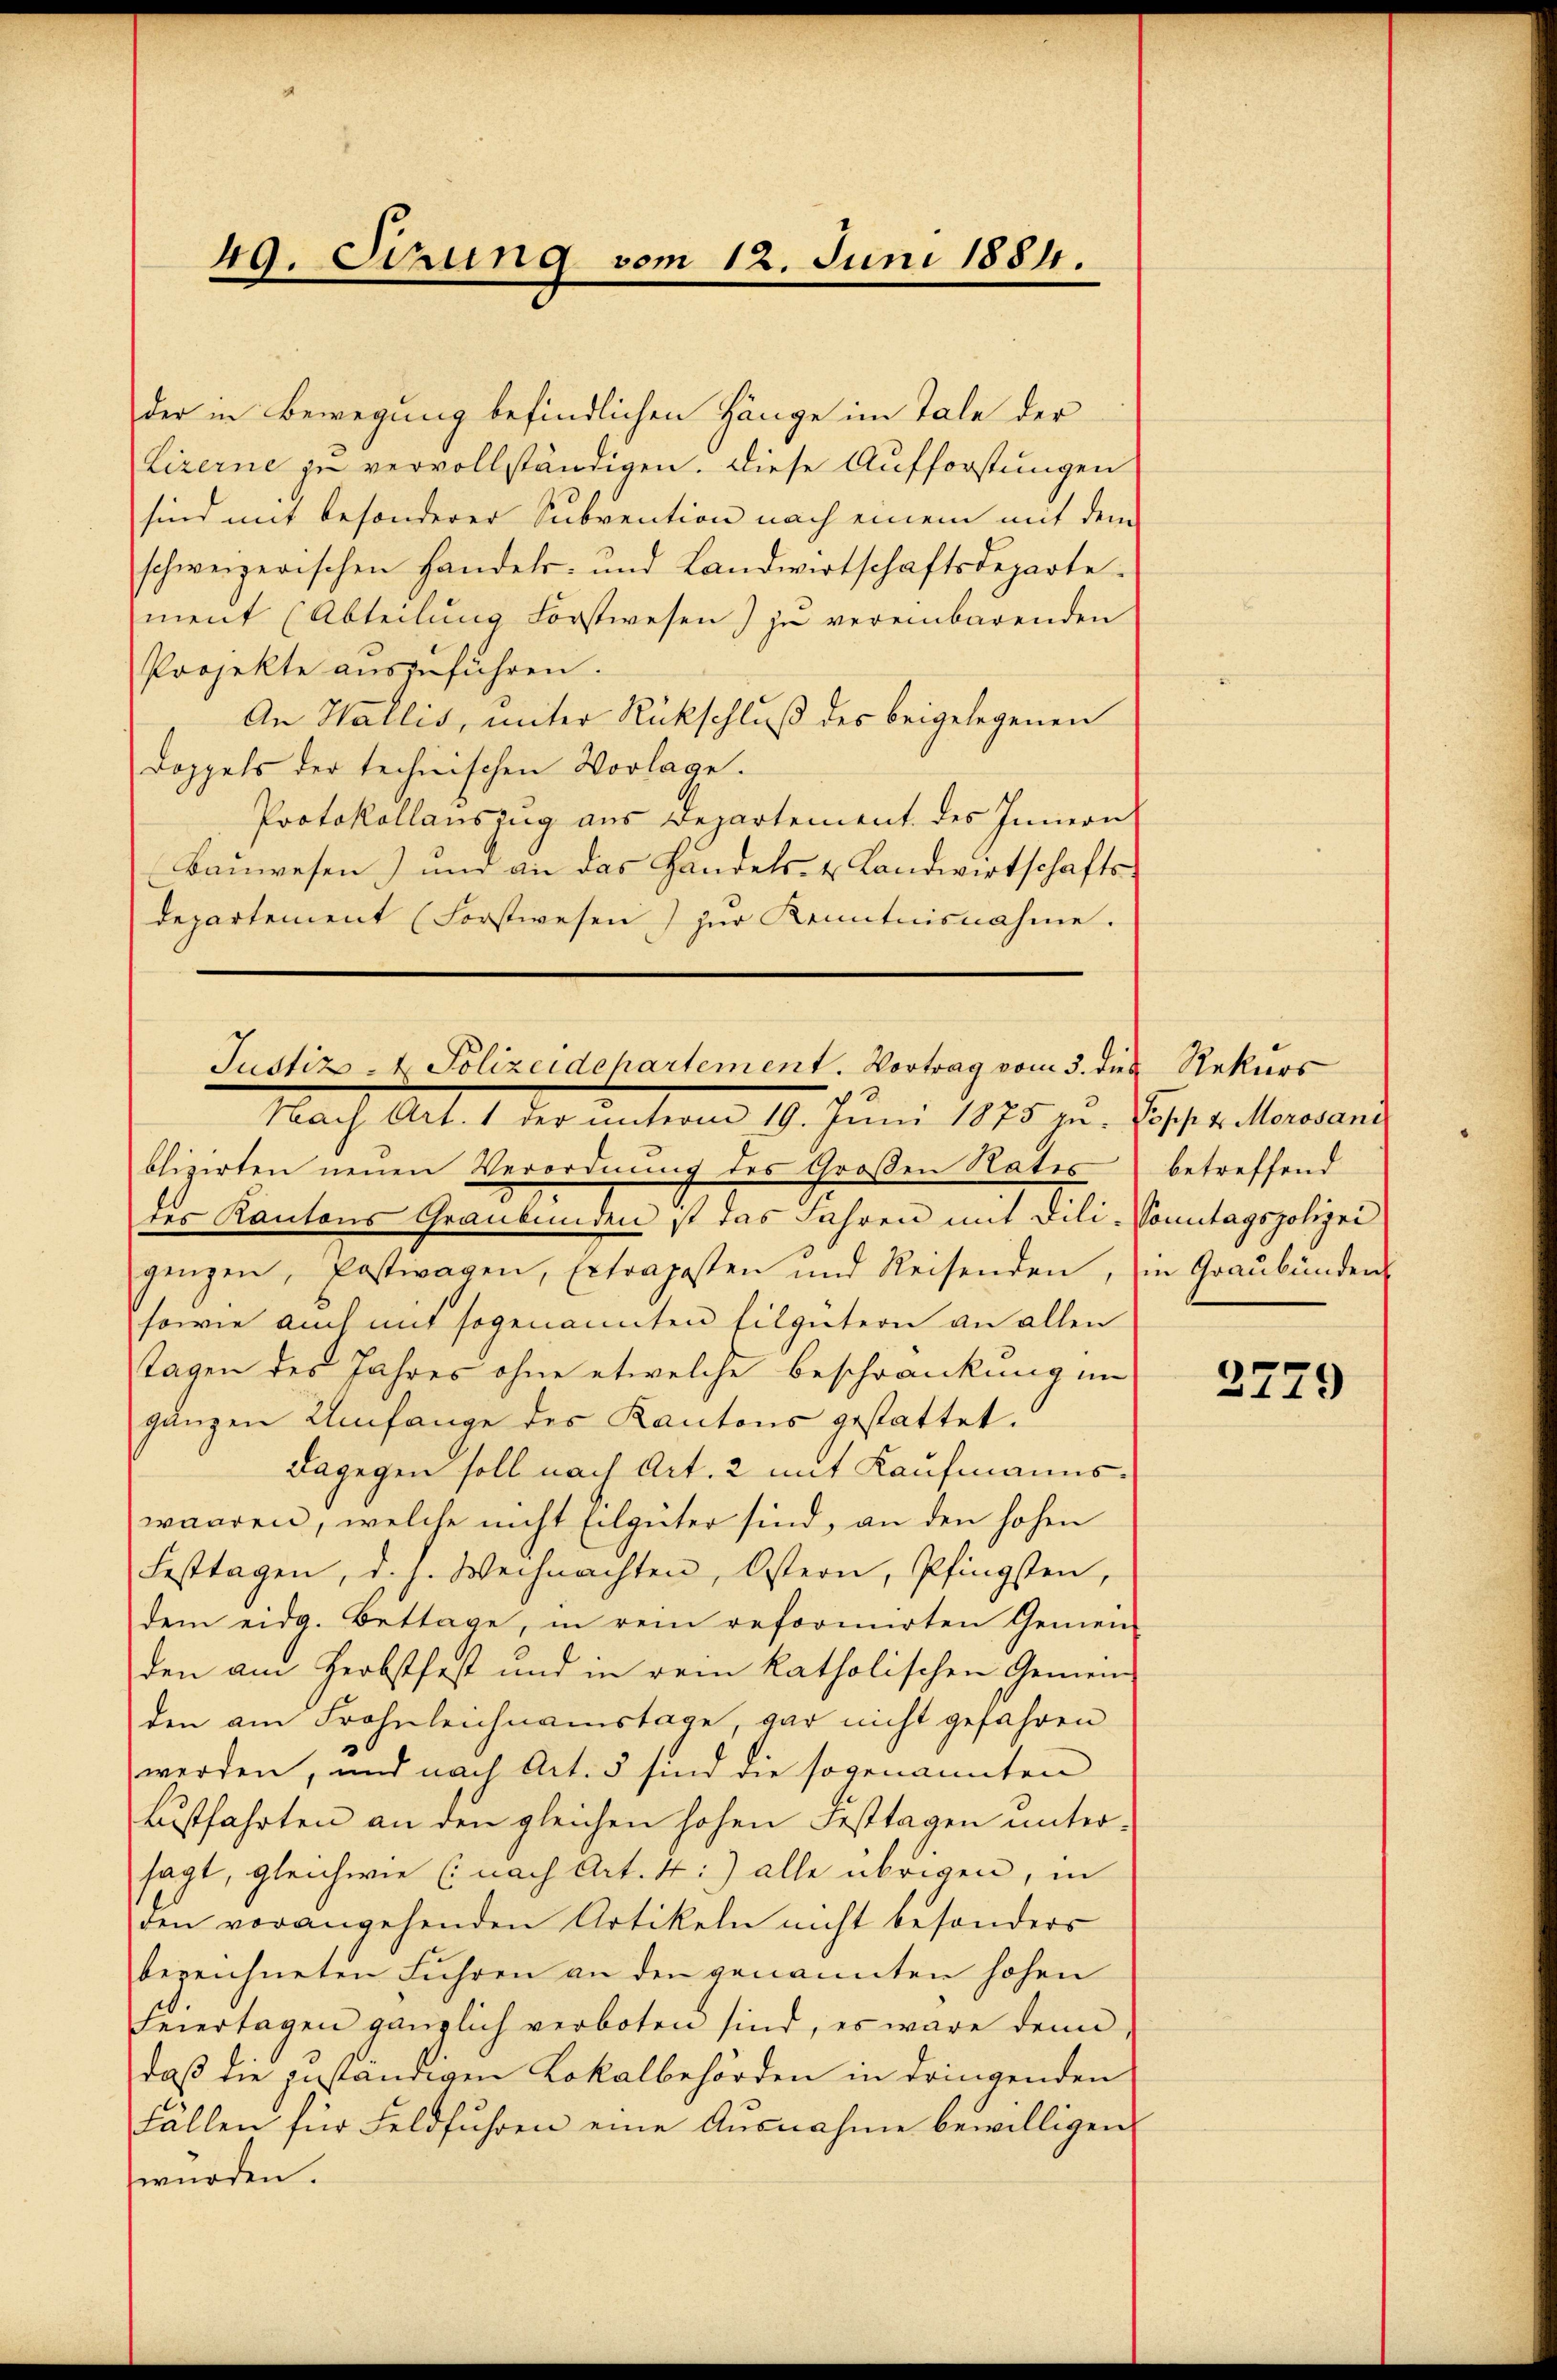
49. Sirung vom 12. Juni 1884.

der in Bewegung befindlichen Hänge im Tale der
Lizerne zu vervollständigen. Diese Aufforstungen
sind mit besonderer Subvention nach einem mit dem
schweizerischen Handels- und Landwirtschaftsdeparte
ment (Abteilung Forstwesen) zu vereinbarenden
Projekte auszuführen.
An Wallis, unter Rückschluß des beigelegenen
Doppels der technischen Vorlage.
Protokollauszug aus Departement des Innern
Bauwesen) und an das Handels- & Landwirtschafts
departement (Forstwesen zŭr Kenntnisnahme.
blizirten neuen Verordnung des Großen Rates
des Kantons Graubünden ist das Jahren mit Dili-Sonntagspolizei
genzen, Postwagen, Extraposten und Reisenden, in Graubünden
sowie auch mit sogenannten Eilgütern an allen
Tagen des Jahres ohne etwelche Beschränkung im
gänzen Umfange des Kantons gestattet.
Dagegen soll nach Art. 2 mit Kaufmannswaaren, welche nicht Eilgüter sind, an den hohen
Festtagen, d. h. Weihnachten, Ostern, Pfingsten,
dem eidg. Bettage, in rein reformirten Gemein-
den am Herbstfest und in dem katholischen Gemein-
den am Frohnleichnamstage, gar nicht gefahren
werden, und nach Art. 5 sind die sogenannten
Lustfahrten an den gleichen hohen Festtagen untersagt, gleichwie (nach Art. 4:) alle übrigen, in
den vorangehenden Artikeln nicht besonders
bezeichneten Führen an den genannten hohen
Feiertagen gänzlich verboten sind, es wäre denn,
daß die zuständigen Lokalbehörden in dringenden
Fällen für Feldfuhren eine Ausnahme bewilligen,
würden.

Justiz- & Polizeidchartement. Vortrag vom 3. dies Rekurs
Nach Art. 1 der unterm 18. Juni 1875. zu Post v. Meran

betreffend

2779